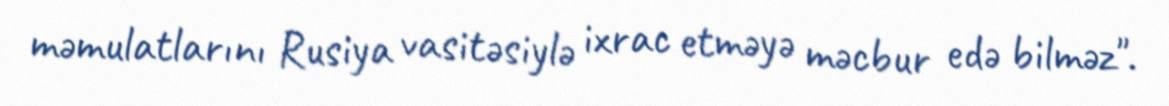
məmulatlarını Rusiya vasitəsiylə ixrac etməyə məcbur edə bilməz".